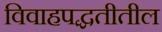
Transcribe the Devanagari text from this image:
विवाहपद्धतीतील